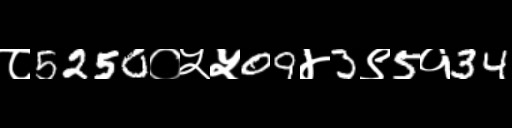
Text: ८5250०५५09४3९5१34